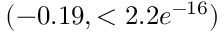
( - 0 . 1 9 , < 2 . 2 e ^ { - 1 6 } )